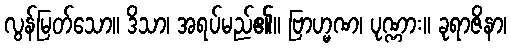
လွန်မြတ်သော။ ဒိသာ၊ အရပ်မည်၏။ ဗြာဟ္မဏ၊ ပုဏ္ဏား။ ခုရာဇိနာ၊